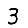
Digit: 3